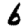
Digit: 6